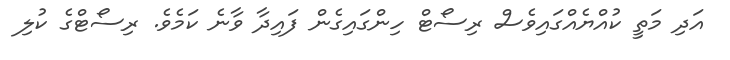
އަދި މަތީ ކުއްޔެއްގައިވެސް ރިސޯޓް ހިންގައިގެން ފައިދާ ވާނެ ކަމެވެ. ރިސޯޓްގެ ކުލި